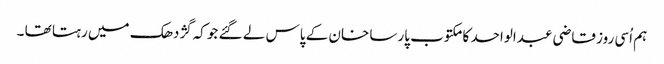
ہم اُسی روز قاضی عبدالواحد کا مکتوب پارسا خان کے پاس لے گئے جو کہ گژدھک میں رہتا تھا ۔